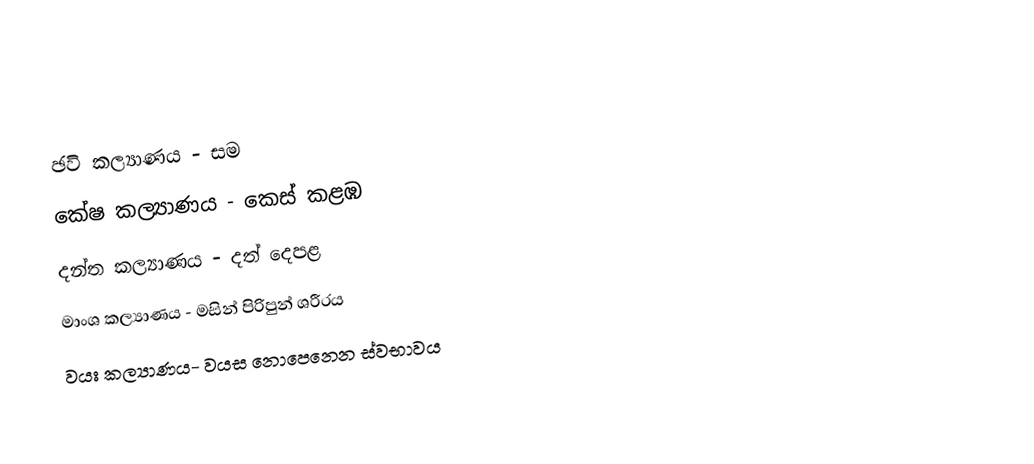
ඡවි කල්‍යාණය - සම
 කේෂ කල්‍යාණය - කෙස් කළඹ
 දන්ත කල්‍යාණය - දත් දෙපළ
 මාංශ කල්‍යාණය - මසින් පිරිපුන් ශරීරය
වයඃ කල්‍යාණය- වයස නොපෙනෙන ස්වභාවය